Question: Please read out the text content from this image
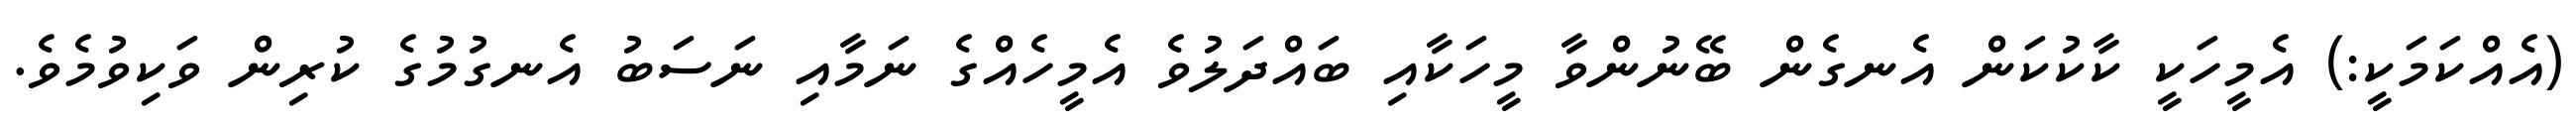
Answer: (އެއްކަމަކީ:) އެމީހަކީ ކާކުކަން އެނގެން ބޭނުންވާ މީހަކާއި ބައްދަލުވެ އެމީހެއްގެ ނަމާއި ނަސަބު އެނގުމުގެ ކުރިން ވަކިވުމެވެ.